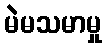
မဲမသမာမှု